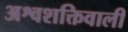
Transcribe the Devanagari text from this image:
अश्वशक्तिवाली